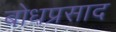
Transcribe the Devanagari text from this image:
बोधप्रसाद